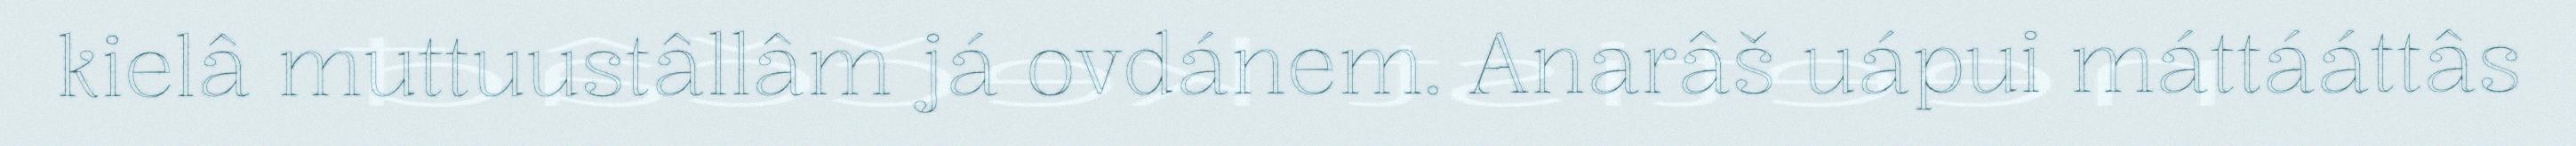
kielâ muttuustâllâm já ovdánem. Anarâš uápui máttááttâs